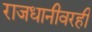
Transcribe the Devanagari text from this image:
राजधानीवरही